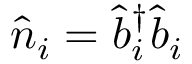
\hat { n } _ { i } = \hat { b } _ { i } ^ { \dagger } \hat { b } _ { i }